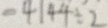
= 4 1 4 4 \div 2